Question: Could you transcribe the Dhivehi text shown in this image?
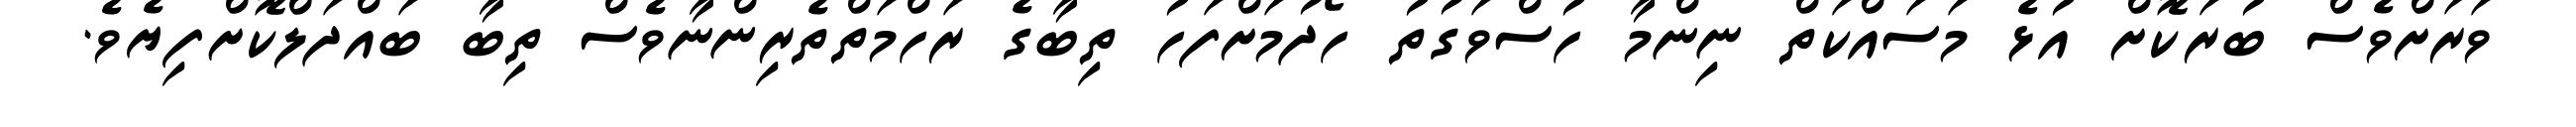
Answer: ވަރަށްވެސް ބުރަކޮށް އުޅެ މަސައްކަތް ނިންމާ ހުސްވަގުތު ހޯދުމަށްފަހު ތިބާގެ ރަހްމަތްތެރިންނާވެސް ތިބާ ބައްދަލްކޮށްފިޔެވެ.